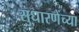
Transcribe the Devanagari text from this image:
सुधारणेंच्या